Annual report on the health of the army in India
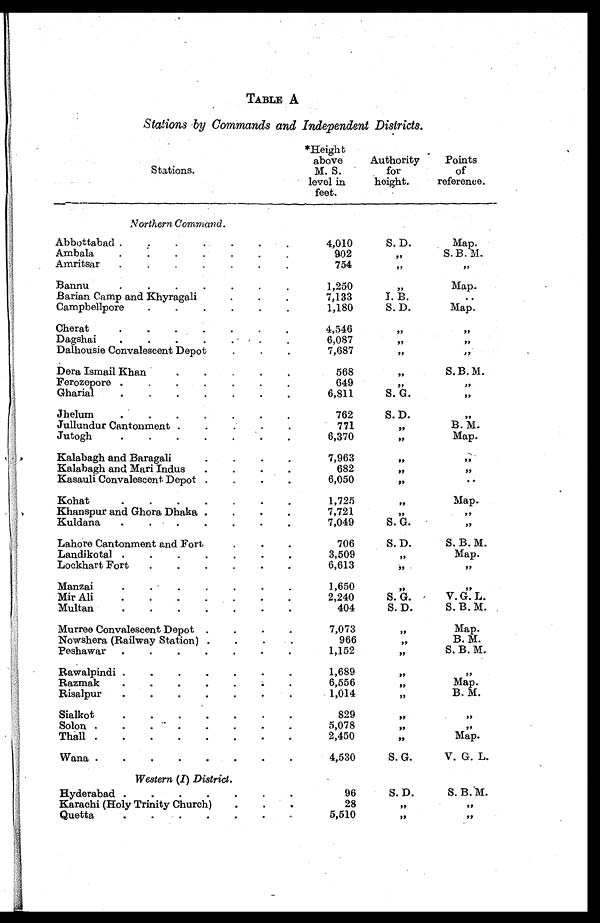
TABLE A
Stations by Commands and Independent Districts.
Stations.
*Height
above
M. S.
level in
feet.
Authority
for
height.
Points
of
reference.
Northern Command.
Abbottabad . ..
.
.
4,010
S. D.
Map.
Ambala
.
.
.
.
.
.
.
902
„
S. B. M.
Amritsar
.
.
.
.
.
.
.
754
, ,
, ,
Bannu
•
•
•
•
•
1,250
,,
Map.
Barian Camp and Khyragali
7,133
I.B.
. .
Campbellpore
.
.
.
.
.
.
1,180
S. D.
Map.
Cherat.
•
•
•
•
•
•
4 , 5 4 6
Dagshai
.
.
.
.
. • •
6,087
, ,
, ,
Dalhousie Convalescent Depot
.
.
.
7,687
, ,
, ,
Dera Ismail Khan
.
.
.
•
•
568
,,
S. B. M.
Ferozepore .
.
.
.
.
. .
649
, ,
Gharial
.
.
.
.
.
.
.
6,811
S. G.
,,
Jhelum
.
.
.
•
•
•
•
762
S. D.
, ,
Jullundur Cantonment .
.
.
.
•
771
,,
B. M.
Jutogh.
•
•
•
•
•
•
6 , 3 7 0
, ,Map.
Kalabagh and Baragali.
.
.
.
7,963
, ,
, ,
Kalabagh and Mari Indus
.
.
•
.
682
, ,
„
Kasauli Convalescent Depot .
.
.
.
6,050
, ,
..
.
.
.
.
Kohat.
1 , 7 2 5
,,
Map.
Khanspur and Ghora Dhaka .
.
•
.
7,721
, ,
, ,
Kuldana
.
.
.
.
.
•
.
7,049
S. G.
, ,
Lahore Cantonment and Fort
706
S. D.
S. B. M.
Landikotal .
.
.
.
.
•
.
3 , 5 0 9
, ,Map.
Lockhart Fort
.
.
.
.
•
•
6,613
,,
, ,
Manzai
. . -•
•
•
•
-
1,650
, ,
,,
Mir Ali
.
.
.
.
.
•
•
2,240
S.G.
V. G. L.
Multan
.
.
.
.
•
•
•
404
S. D.
S. B. M.
Murree Convalescent Depot .
.
.
.
7,073
,,
Map.
Nowshera (Railway Station) .
.
•
966
, ,
B. M.
Peshawar
.
.
.
.
.
•
•
1,152
S. B. M.
Rawalpindi .
.
.
.
.
•
•
1,689
, , , ,
Razmak
.
.
.
.
•
6,556
,,
Map.
Risalpur
.
.
.
.
.
..
1,014
,,
B. M.
Sialkot
.
829
, ,
, ,
Solon .
.
. - .
•
•
•
•
5,078
,,
, ,
Thall .
.
•
•
•
•
•
•
2,450
Map.
Wana .
.
•
•
•
•
•
-
4,530
S. G.
V. G. L.
Western (I) District.
Hyderabad .
.
.
.
•
.
•
96
S. D.
S. B. M.
Karachi (Holy Trinity Church)
.
.
•
28
, ,
, ,
Quetta
5,510
, ,
, ,